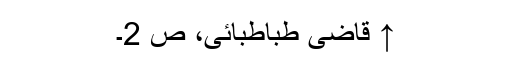
↑ قاضی طباطبائی، ص 2۔